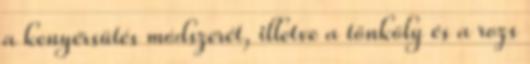
a kenyérsütés módszerét, illetve a tönköly és a rozs